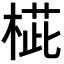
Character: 𣖨